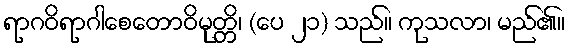
ရာဂဝိရာဂါစေတောဝိမုတ္တိ၊ (ပေ ၂၁) သည်။ ကုသလာ၊ မည်၏။